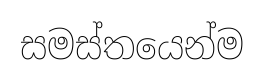
සමස්තයෙන්ම